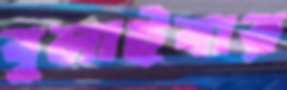
বুলাইবার